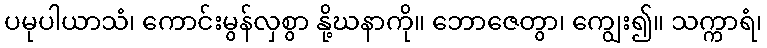
ပမုပါယာသံ၊ ကောင်းမွန်လှစွာ နို့ဃနာကို။ ဘောဇေတွာ၊ ကျွေး၍။ သက္ကာရံ၊